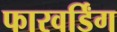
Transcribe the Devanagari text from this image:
फारवर्डिंग